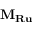
{ { \mathbf { M } } _ { { \mathbf { R u } } } }